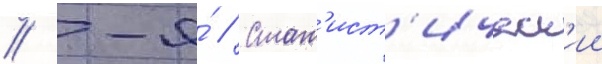
// -я́ // Стат'ист'ическ'ии